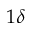
1 \delta